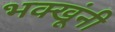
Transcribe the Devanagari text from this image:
भक्खूंनी